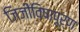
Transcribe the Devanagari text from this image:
जिजीविषापूर्ण